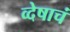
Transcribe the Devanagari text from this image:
व्देषाचं